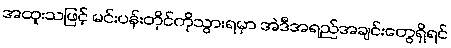
အထူးသဖြင့် မင်းပန်းတိုင်ကိုသွားရမှာ အဲဒီအရည်အချင်းတွေရှိရင်